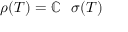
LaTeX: \rho ( T ) = \mathbb { C } \setminus \sigma ( T )